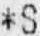
*S